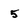
Character: 5